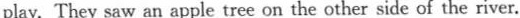
play. They saw an apple tree on the other side of the river.